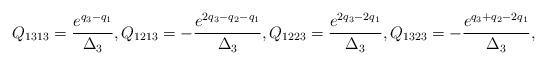
LaTeX: \begin{align*}Q_{1313}=\frac{{{e}^{q_3-q_1}}}{\Delta_3},Q_{1213}=-\frac{{{e}^{2 q_3 - q_2-q_1}}}{\Delta_3},Q_{1223}=\frac{{{e}^{2 q_3-2q_1}}}{\Delta_3},Q_{1323}=-\frac{{{e}^{q_3+q_2-2q_1}}}{\Delta_3},\end{align*}